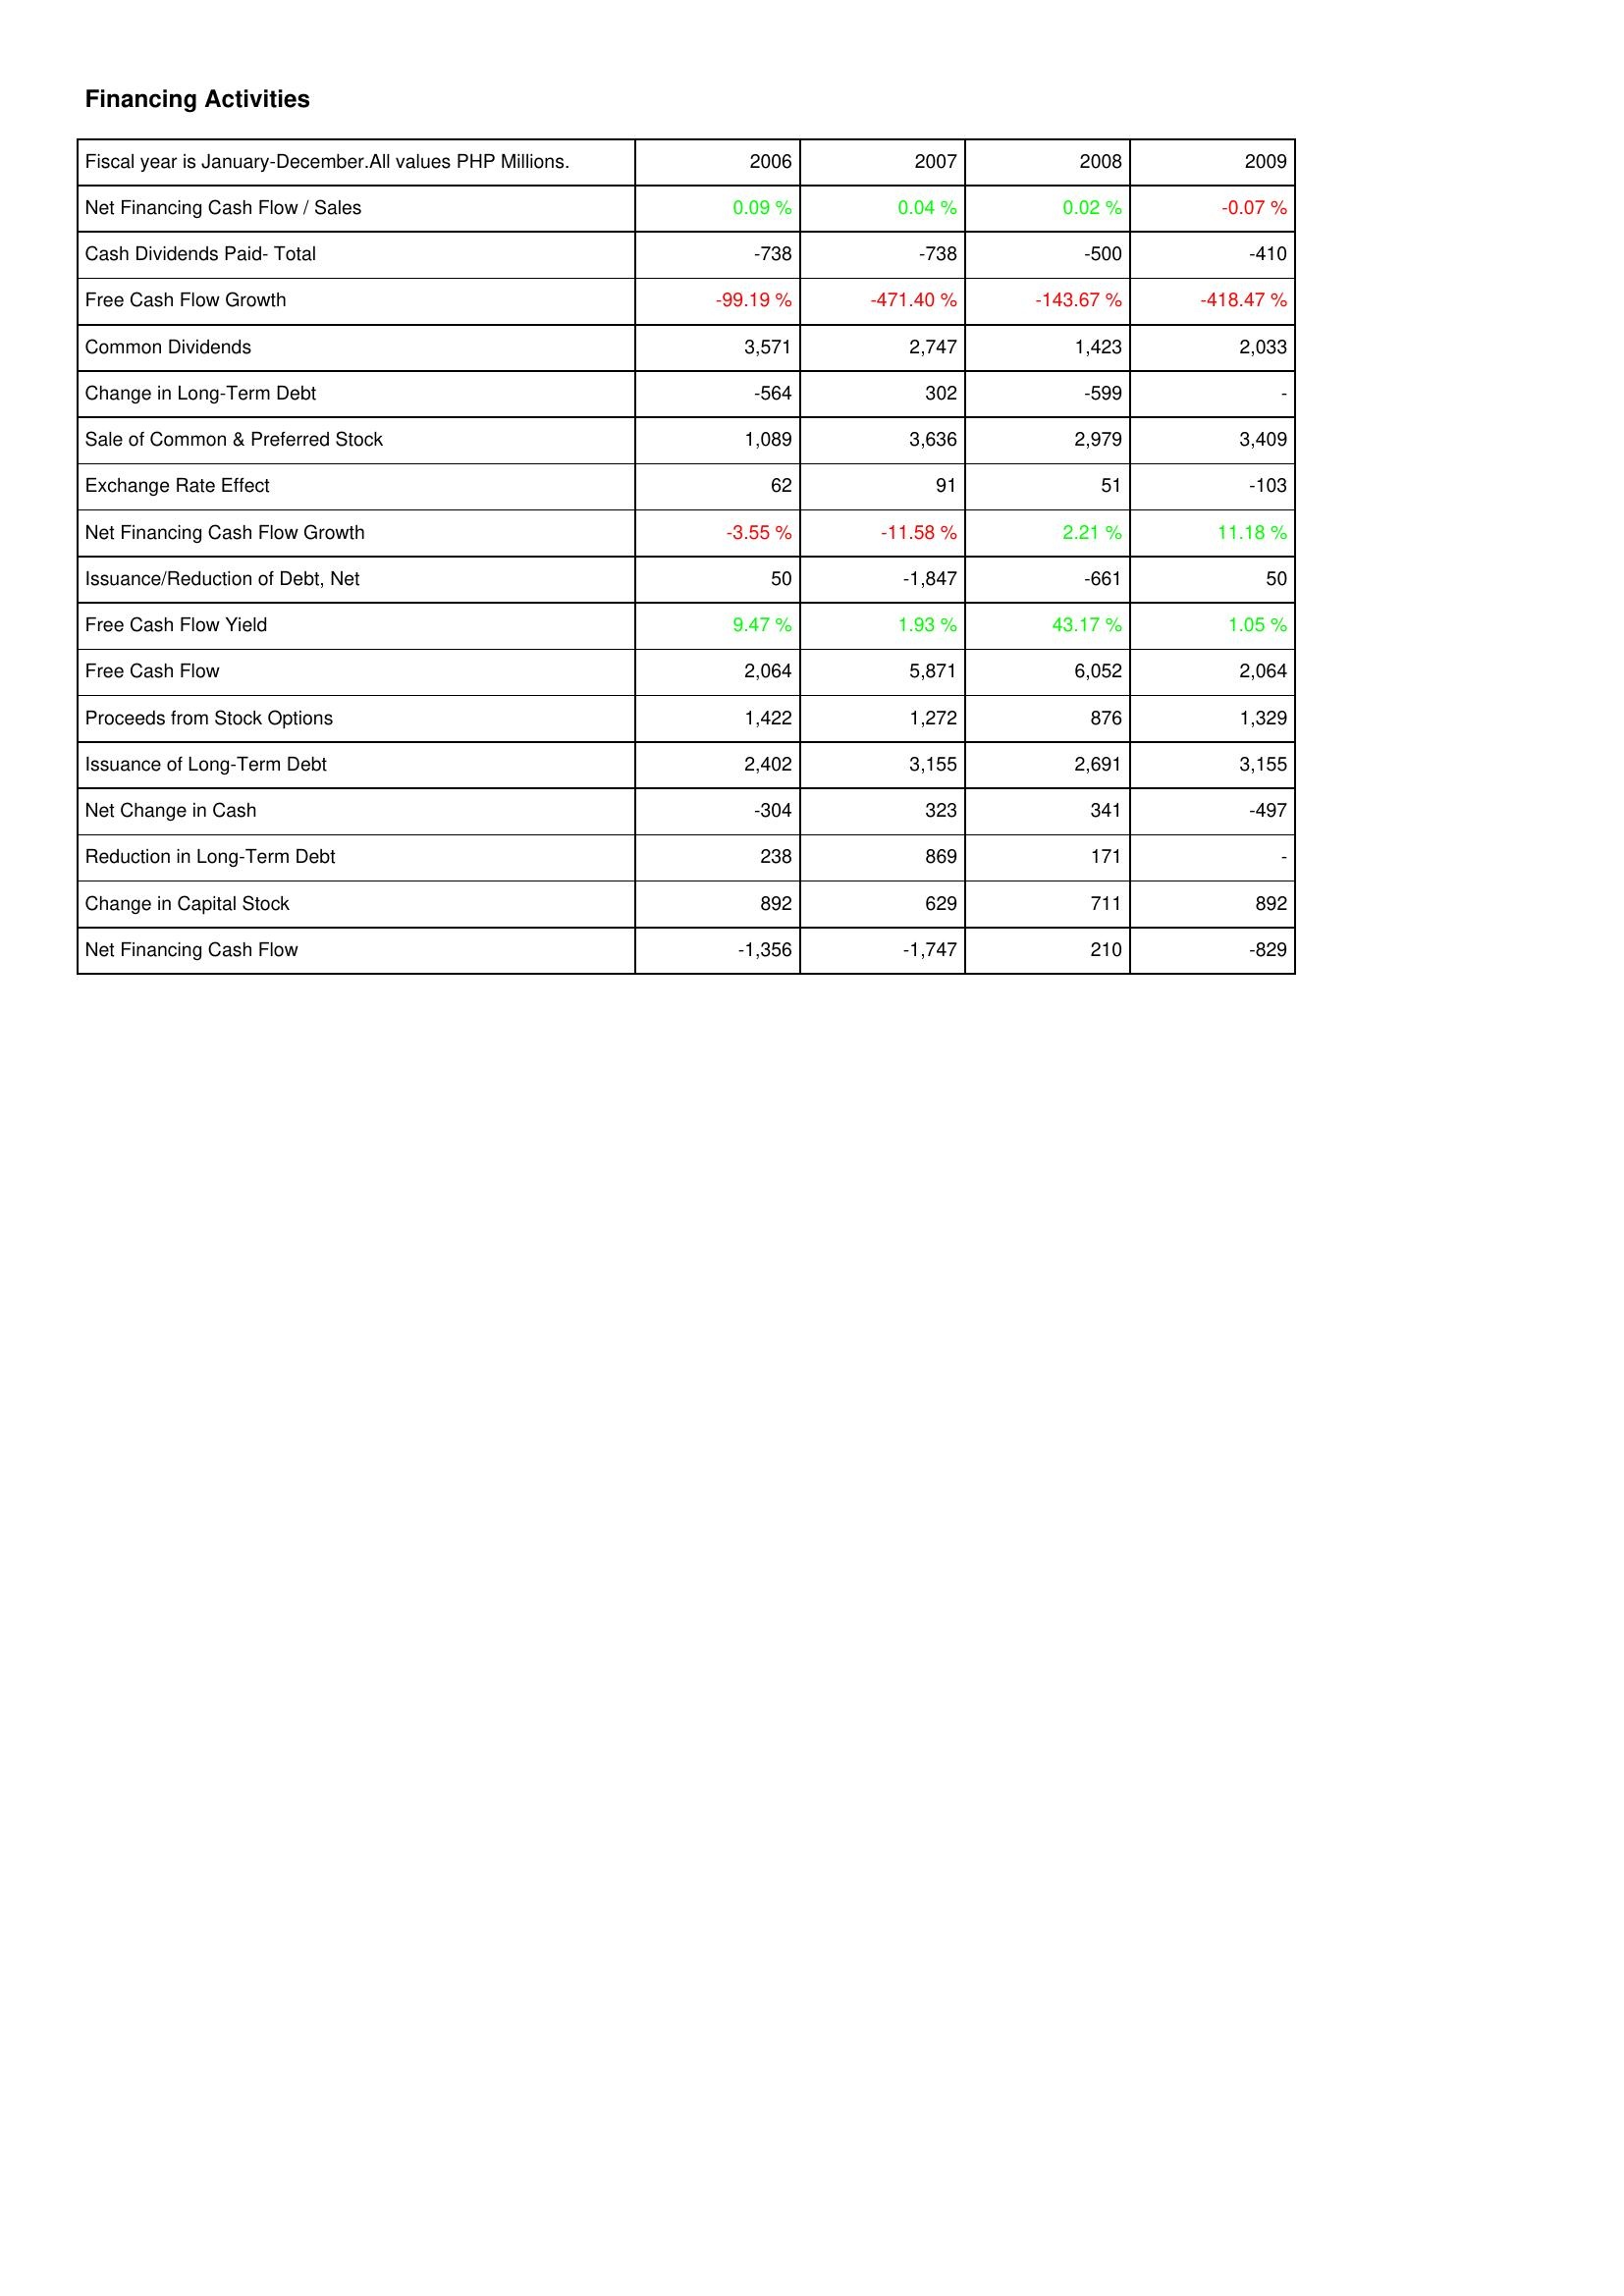
2006: Financing Activities: Net Financing Cash Flow / Sales: 0.09 %
Cash Dividends Paid- Total: -738
Free Cash Flow Growth: -99.19 %
Common Dividends: 3,571
Change in Long-Term Debt: -564
Sale of Common & Preferred Stock: 1,089
Exchange Rate Effect: 62
Net Financing Cash Flow Growth: -3.55 %
Issuance/Reduction of Debt, Net: 50
Free Cash Flow Yield: 9.47 %
Free Cash Flow: 2,064
Proceeds from Stock Options: 1,422
Issuance of Long-Term Debt: 2,402
Net Change in Cash: -304
Reduction in Long-Term Debt: 238
Change in Capital Stock: 892
Net Financing Cash Flow: -1,356
2007: Financing Activities: Net Financing Cash Flow / Sales: 0.04 %
Cash Dividends Paid- Total: -738
Free Cash Flow Growth: -471.40 %
Common Dividends: 2,747
Change in Long-Term Debt: 302
Sale of Common & Preferred Stock: 3,636
Exchange Rate Effect: 91
Net Financing Cash Flow Growth: -11.58 %
Issuance/Reduction of Debt, Net: -1,847
Free Cash Flow Yield: 1.93 %
Free Cash Flow: 5,871
Proceeds from Stock Options: 1,272
Issuance of Long-Term Debt: 3,155
Net Change in Cash: 323
Reduction in Long-Term Debt: 869
Change in Capital Stock: 629
Net Financing Cash Flow: -1,747
2008: Financing Activities: Net Financing Cash Flow / Sales: 0.02 %
Cash Dividends Paid- Total: -500
Free Cash Flow Growth: -143.67 %
Common Dividends: 1,423
Change in Long-Term Debt: -599
Sale of Common & Preferred Stock: 2,979
Exchange Rate Effect: 51
Net Financing Cash Flow Growth: 2.21 %
Issuance/Reduction of Debt, Net: -661
Free Cash Flow Yield: 43.17 %
Free Cash Flow: 6,052
Proceeds from Stock Options: 876
Issuance of Long-Term Debt: 2,691
Net Change in Cash: 341
Reduction in Long-Term Debt: 171
Change in Capital Stock: 711
Net Financing Cash Flow: 210
2009: Financing Activities: Net Financing Cash Flow / Sales: -0.07 %
Cash Dividends Paid- Total: -410
Free Cash Flow Growth: -418.47 %
Common Dividends: 2,033
Change in Long-Term Debt: -
Sale of Common & Preferred Stock: 3,409
Exchange Rate Effect: -103
Net Financing Cash Flow Growth: 11.18 %
Issuance/Reduction of Debt, Net: 50
Free Cash Flow Yield: 1.05 %
Free Cash Flow: 2,064
Proceeds from Stock Options: 1,329
Issuance of Long-Term Debt: 3,155
Net Change in Cash: -497
Reduction in Long-Term Debt: -
Change in Capital Stock: 892
Net Financing Cash Flow: -829